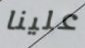
علينا